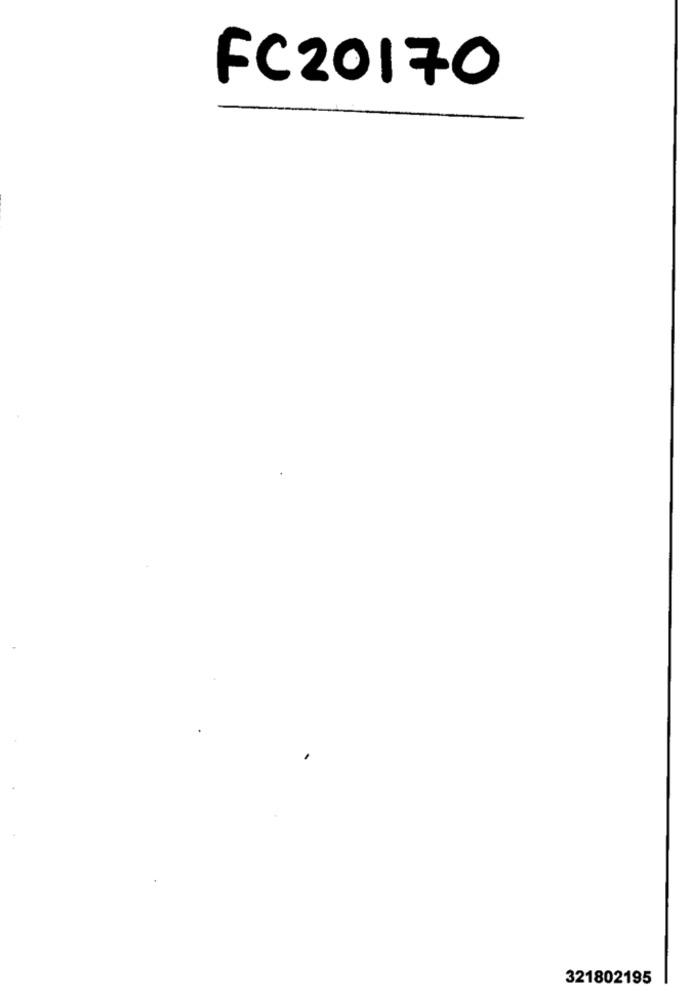
FC20170
321802195